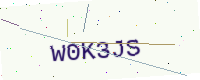
Text: W0K3JS